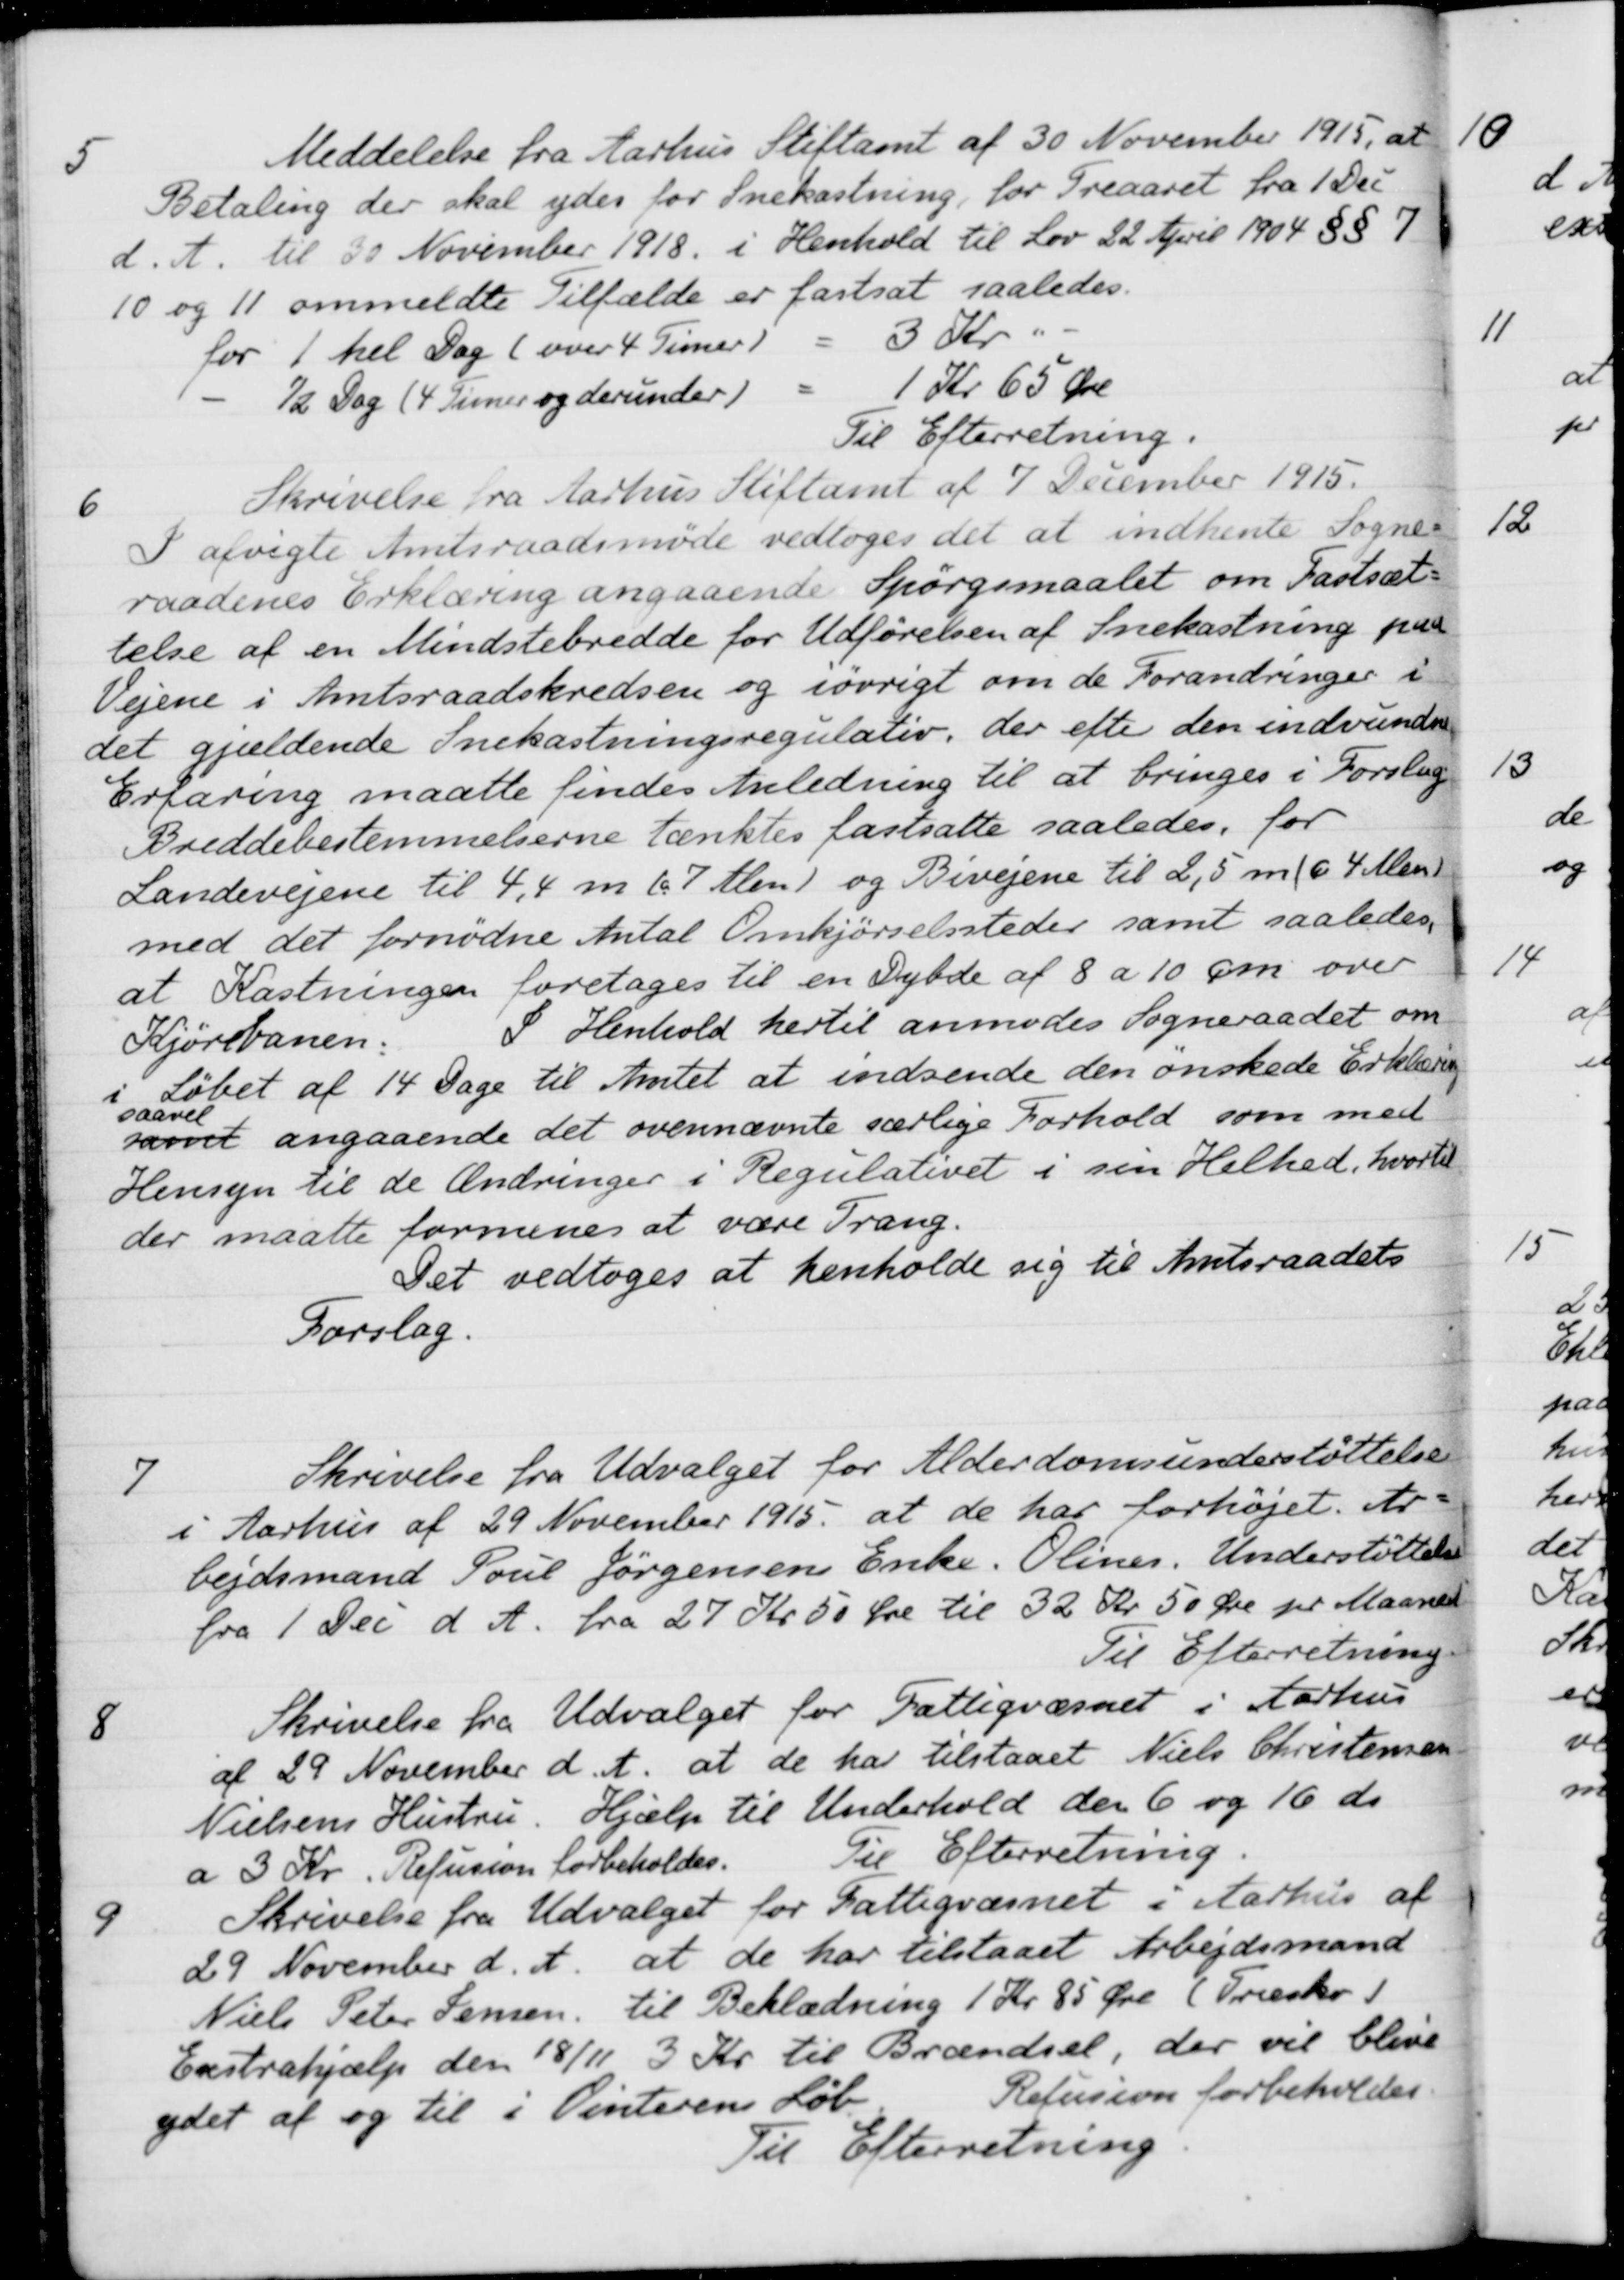
Transskription:
5
Meddelelse fra Aarhus Stiftamt af 30 November 1915, at
Betaling der skal ydes for Snekastning, for Treaaret fra 1 Dec
d. A. til 30 November 1918, i Henhold til Lov 22 April 1904 § § 7
10 og 11 ommeldte Tilfælde er fastsat saaledes.
for 1 hel Dag (over 4 Timer)
3 Kr.
½ Dag (4 Timer og derunder)
1 Kr 65 Øre
Til Efterretning.
6
Skrivelse fra Aarhus Stiftamt af 7 December 1915.
I afvigte Amtsraadsmöde vedtoges det at indhente Sogne-
raadenes Erklæring angaaende Spørgsmaalet om Fastsæt-
telse af en Mindstebredde for Udførelsen af Snekastning paa
Vejene i Amtsraadskredsen og iøvrigt om de Forandringer i
det gjældende Snekastningsregulativ, der efter den indvunde
Erfaring maatte findes Anledning til at bringes i Forslag
Breddebestemmelserne tænktes fastsatte saaledes, for
Landevejene til 4,4 m (ca. 7 Alen) og Bivejene til 2,5 m (c 4 Alen)
med det fornødne Antal Omkjørselssteder samt saaledes.
at Kastningen foretages til en Dybde af 8 a 10 cm over
Kjørebanen: I Henhold hertil anmodes Sogneraadet om
Løbet af 14 Dage til Amtet at indsende den ønskede Erklæring
samt
saavel
angaaende det ovennævnte særlige Forhold som med
Hensyn til de Ændringer i Regulativet i sin Helhed, hvortil
der maatte formenes at være Trang.
Det vedtoges at henholde sig til Amtsraadets
Forslag.
7
Skrivelse fra Udvalget for Alderdomsunderstøttelse
i Aarhus af 29 November 1915 at de har forhøjet. Ar-
bejdsmand Poul Jørgensens Enke. Olines. Understøttelse
fra 1 Dei d. A. fra 27 Kr 50 Øre til 32 Kr. 50 Øre pr Maaned
Til Efterretning
8
Skrivelse fra Udvalget for Fattigvæsnet i Aarhus
af 29 November d. A. at de har tilstaaet Niels Christensen
Nielsens Hustru. Hjælp til Underhold den 6 og 16 ds.
a 3 Kr. Refusion forbeholdes.
Til Efterretning.
9
Skrivelse fra Udvalget for Fattigvæsnet i Aarhus af
29 November d. A. at de har tilstaaet Arbejdsmand
Niels Peter Jensen til Beklædning 1 Kr 85 Øre (Træsko)
Exstrahjælp den 18/11 3 Kr. til Brændsel, der vil blive
ydet af og til i Vinterens Løb. Refusion forbeholdes
Til Efterretning